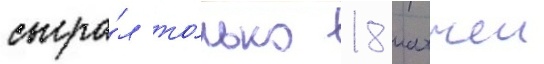
сыгра́л то́лько 18 матчеи